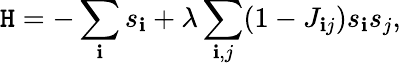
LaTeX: \mathtt{H}=-\sum_{\mathbf{i}}s_{\mathbf{i}}+\lambda\sum_{\mathbf{i},j}(1-J_{\mathbf{i}j})s_{\mathbf{i}}s_{j},